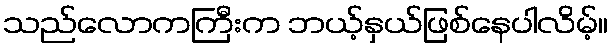
သည်လောကကြီးက ဘယ့်နှယ်ဖြစ်နေပါလိမ့်။